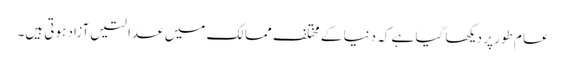
عام طور پر دیکھا گیا ہے کہ دنیا کے مختلف ممالک میں عدالتیں آزاد ہوتی ہیں۔